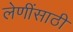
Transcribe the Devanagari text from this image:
लेणींसाठी